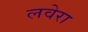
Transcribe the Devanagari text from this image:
लवेरा